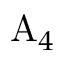
\mathrm { A } _ { 4 }